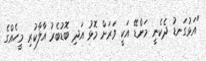
"އަޅުގަނޑު ދެކެނީ މަންޑޭ އަކީ ވަރަށް މޮޅު އަދި ބޮޑުބެރު އާލާކުރި މީހެއްގެ